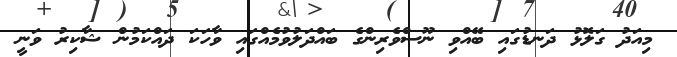
މިއަދު ގަލޮޅު ދަނޑުގައި ބޭއްވި ނޫސްވެރިންގެ ބައްދަލުވުމެއްގައި ވާހަކަ ދައްކަމުން ޝާކިރު ވަނީ